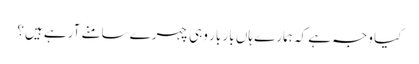
کیا وجہ ہے کہ ہمارے ہاں بار بار وہی چہرے سامنے آرہے ہیں؟